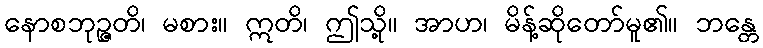
နောစဘုဉ္ဇတိ၊ မစား။ ဣတိ၊ ဤသို့။ အာဟ၊ မိန့်ဆိုတော်မူ၏။ ဘန္တေ